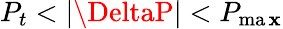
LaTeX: P_{t}<|\DeltaP|<P_{\operatorname*{ma\mathbf{x}}}